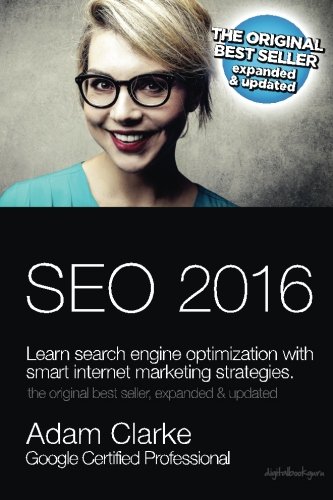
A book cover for Search engine optimization 2016: Learn SEO with smart internet marketing strategies; Adam Clarke; Computers & Technology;